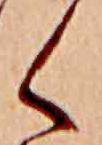
く